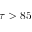
\tau > 8 5